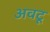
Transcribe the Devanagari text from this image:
अवटू